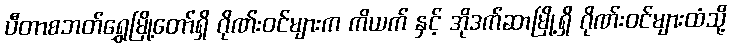
ပီတာစဘတ်ရွှေမြို့တော်ရှိ ဂိုဏ်းဝင်များက ကိယက် နှင့် အိုဒက်ဆာမြို့ရှိ ဂိုဏ်းဝင်များထံသို့